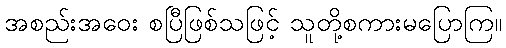
အစည်းအဝေး စပြီဖြစ်သဖြင့် သူတို့စကားမပြောကြ။